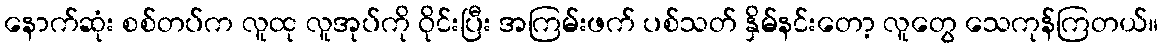
နောက်ဆုံး စစ်တပ်က လူထု လူအုပ်ကို ဝိုင်းပြီး အကြမ်းဖက် ပစ်သတ် နှိမ်နင်းတော့ လူတွေ သေကုန်ကြတယ်။